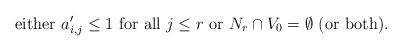
LaTeX: \begin{align*}\textrm{either $a'_{i,j} \le 1$ for all $j \le r$ or $ N_r \cap V_0 = \emptyset$ (or both).} \end{align*}